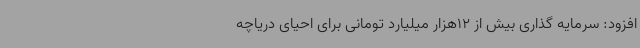
افزود: سرمایه گذاری بیش از 12هزار میلیارد تومانی برای احیای دریاچه